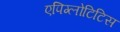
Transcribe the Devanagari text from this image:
एपिग्लोटिटिस